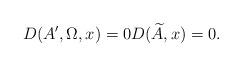
LaTeX: \begin{align*}D(A',\Omega,x)=0D(\widetilde A,x)=0.\end{align*}